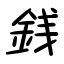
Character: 銭